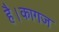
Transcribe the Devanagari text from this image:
है।कागज